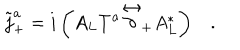
LaTeX: \tilde { j } _ { + } ^ { a } = i \left( A _ { L } T ^ { a } \stackrel { \leftrightarrow } { \partial } _ { + } A _ { L } ^ { * } \right) .